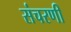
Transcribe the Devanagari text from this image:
संचरणी